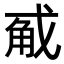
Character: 𭟵